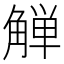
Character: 觯